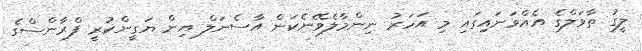
ލީގު ތާވަލްގެ އެއްވަނައިގައި މި އަހަރު ނިންމާލެވޭނެކަން އާސެނަލް އިން ޔަގީންކުރީ ފްރާންސްގެ